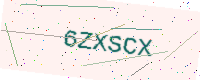
Text: 6ZXSCX